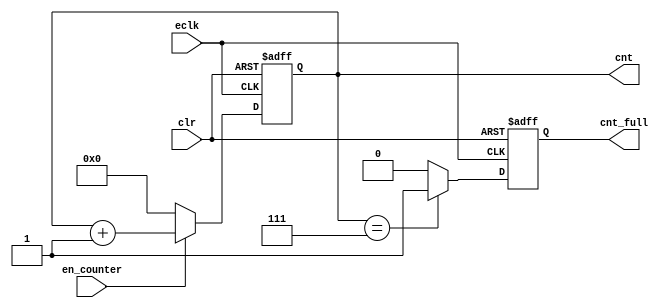
module counter(
input eclk,en_counter,clr,//输入信号
output reg [10:0] cnt,	//计数
output reg cnt_full
);

//只有当计数使能为高电平的时候，计数器才会计数
always@(posedge eclk or negedge clr)
	begin
		if(!clr)
			cnt <= 0;
		else if(en_counter)
			cnt <= cnt + 1'b1;
		else 
			cnt <= 0;
	end

always@(posedge eclk or negedge clr)
begin
	if(!clr)
		cnt_full <= 1'b0;
	else if(cnt == 3'd999)
		cnt_full <= 1'b1;
	else
		cnt_full <= 1'b0;
end 
endmodule